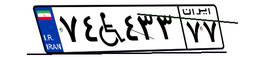
۱۹W۱۴۴۲۹